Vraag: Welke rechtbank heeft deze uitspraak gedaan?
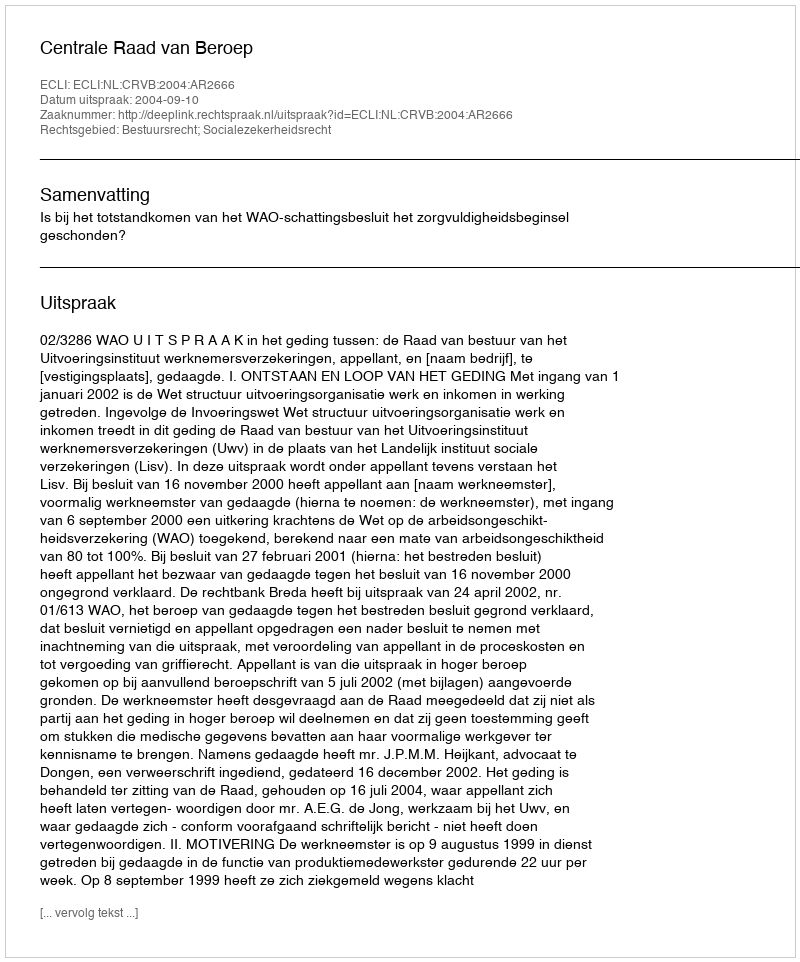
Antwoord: Centrale Raad van Beroep